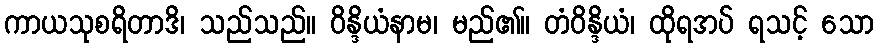
ကာယသုစရိတာဒိ၊ သည်သည်။ ဝိန္ဒိယံနာမ၊ မည်၏။ တံဝိန္ဒိယံ၊ ထိုရအပ် ရသင့် သော